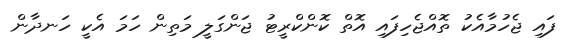
ފައި ޖެހުމާއެކު ތޮއްޖެހިފައި އޮތް ކޮންކްރީޓު ޖަންގަލީ މަތިން ހަމަ އެކީ ހަނދާން